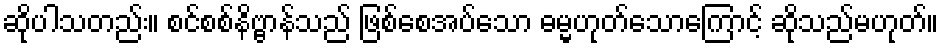
ဆိုပါသတည်း။ စင်စစ်နိဗ္ဗာန်သည် ဖြစ်စေအပ်သော ဓမ္မဟုတ်သောကြောင့် ဆိုသည်မဟုတ်။